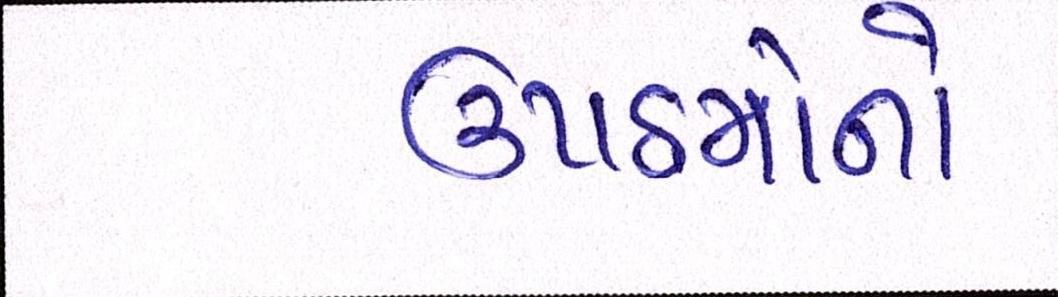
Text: ઉપક્રમોનો